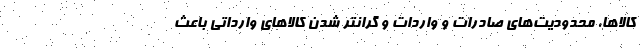
کالاها، محدودیت‌های صادرات و واردات و گرانتر شدن کالاهای وارداتی باعث